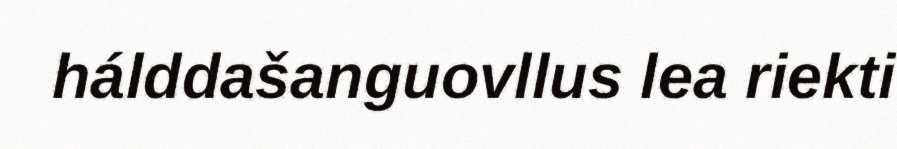
hálddašanguovllus lea riekti